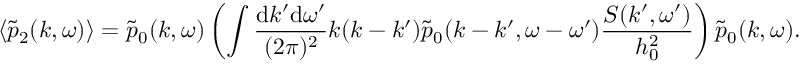
\langle \tilde { p } _ { 2 } ( k , \omega ) \rangle = \tilde { p } _ { 0 } ( k , \omega ) \left( \int \frac { \mathrm { d } k ^ { \prime } \mathrm { d } \omega ^ { \prime } } { ( 2 \pi ) ^ { 2 } } k ( k - k ^ { \prime } ) \tilde { p } _ { 0 } ( k - k ^ { \prime } , \omega - \omega ^ { \prime } ) \frac { S ( k ^ { \prime } , \omega ^ { \prime } ) } { h _ { 0 } ^ { 2 } } \right) \tilde { p } _ { 0 } ( k , \omega ) .